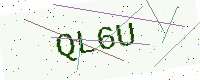
Text: QL6U